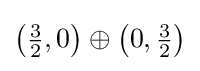
\left({\tfrac {3}{2}},0\right)\oplus \left(0,{\tfrac {3}{2}}\right)